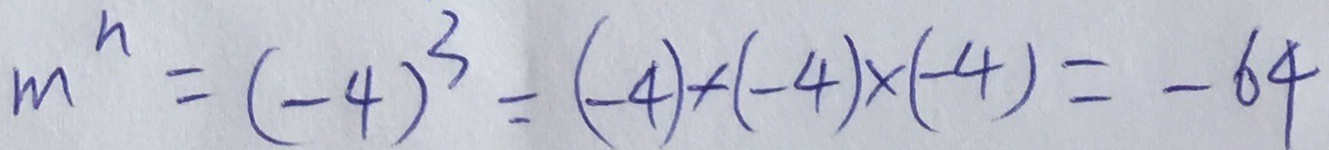
m ^ { n } = ( - 4 ) ^ { 3 } = ( - 4 ) \times ( - 4 ) \times ( - 4 ) = - 6 4